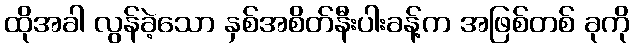
ထိုအခါ လွန်ခဲ့သော နှစ်အစိတ်နီးပါးခန့်က အဖြစ်တစ် ခုကို